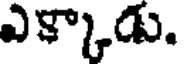
ఎక్కాడు.